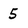
Character: 5